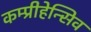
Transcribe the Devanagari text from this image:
कम्प्रीहेन्सिव